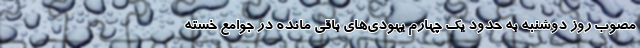
مصوب روز دوشنبه به حدود یک چهارم یهودی‌های باقی مانده در جوامع خسته